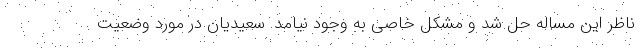
ناظر این مساله حل شد و مشکل خاصی به وجود نیامد. سعیدیان در مورد وضعیت